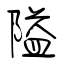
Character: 隘